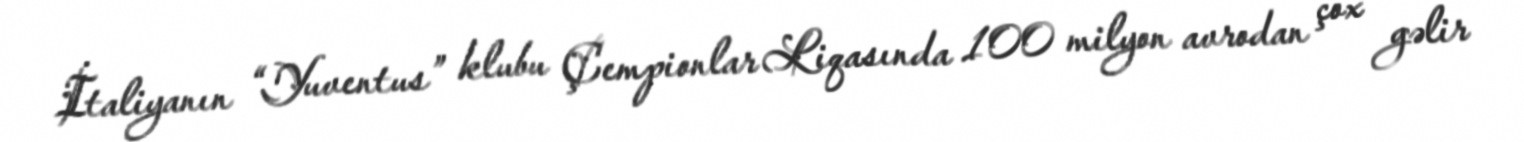
İtaliyanın “Yuventus” klubu Çempionlar Liqasında 100 milyon avrodan çox gəlir